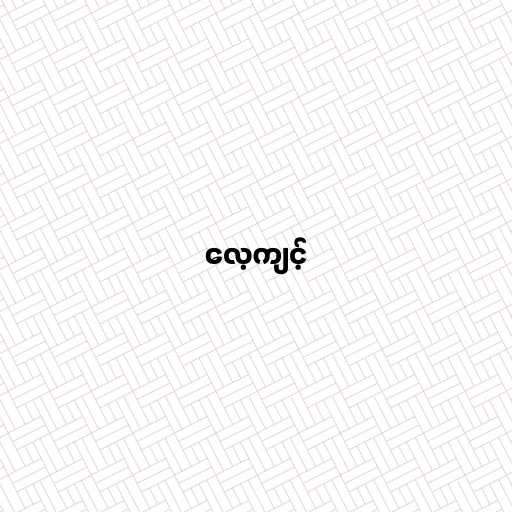
လေ့ကျင့်